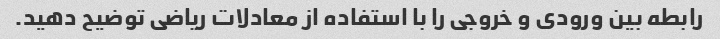
رابطه بین ورودی و خروجی را با استفاده از معادلات ریاضی توضیح دهید.